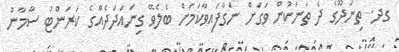
ގދ. ތިނަދޫގެ ދެ ތަނަކުން ވަގަށް ނަގާފައިވާކަމަށް ބެލެވޭ ގިނައަދަދެއްގެ ކަރަންޓު ސާމާނު